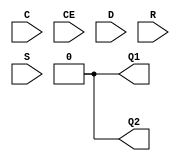
module IDDR_3 (
   Q1, Q2,
   C, CE, D, R, S
   );
    parameter DDR_CLK_EDGE        = "OPPOSITE_EDGE";    
    parameter INIT_Q1             = 1'b0;
    parameter INIT_Q2             = 1'b0;
    parameter [0:0] IS_C_INVERTED = 1'b0;
    parameter [0:0] IS_D_INVERTED = 1'b0;
    parameter SRTYPE              = "SYNC";
   localparam HOLDHACK            = 0.1;
   output   Q1;   
   output   Q2;   
   input    C;    
   input    CE;   
   input    D;    
   input    R;    
   input    S;    
   localparam [152:1] DDR_CLK_EDGE_REG = DDR_CLK_EDGE;
   reg 	    Q1_pos;
   reg 	    Q1_reg;
   reg 	    Q2_pos;
   reg 	    Q2_neg;
   always @ (posedge C)
     if(CE)
       Q1_pos <= #(HOLDHACK) D;
   always @ (posedge C)
     if(CE)
       Q1_reg <= #(HOLDHACK) Q1_pos;
   always @ (negedge C)
     if(CE)
       Q2_neg <= #(HOLDHACK) D;
   always @ (posedge C)
     if(CE)
      Q2_pos <= #(HOLDHACK) Q2_neg;
   assign Q1 = (DDR_CLK_EDGE_REG == "SAME_EDGE_PIPELINED") ? Q1_reg :
	       (DDR_CLK_EDGE_REG == "SAME_EDGE")           ? Q1_pos :
	                                                     1'b0;
   assign Q2 = (DDR_CLK_EDGE_REG == "SAME_EDGE_PIPELINED") ? Q2_pos :
	       (DDR_CLK_EDGE_REG == "SAME_EDGE")           ? Q2_pos :
	                                                     1'b0;
endmodule